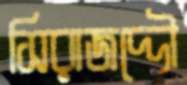
সিরাজদ্দৌ